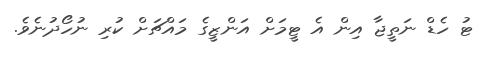
ޓު ހެޑް ނަތީޖާ އިން އެ ޓީމަށް އަންޒީގެ މައްޗަށް ކުރި ނުހޯދުނެވެ.